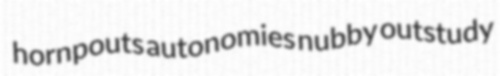
hornpouts autonomies nubby outstudy